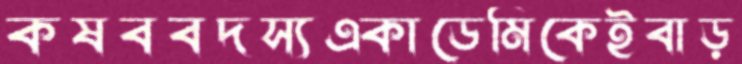
কষববদস্যএকাডেমিকেইবাড়